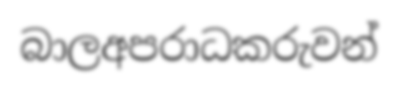
බාලඅපරාධකරුවන්